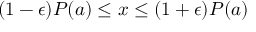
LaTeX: ( 1 - \epsilon ) P ( a ) \leq x \leq ( 1 + \epsilon ) P ( a )